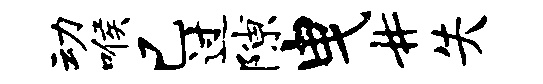
动喉已过隙曳#失